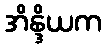
အိန္ဒိယက